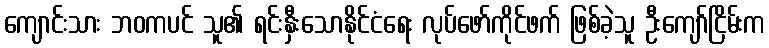
ကျောင်းသား ဘဝကပင် သူ၏ ရင်းနှီးသောနိုင်ငံရေး လုပ်ဖော်ကိုင်ဖက် ဖြစ်ခဲ့သူ ဦးကျော်ငြိမ်းက